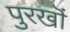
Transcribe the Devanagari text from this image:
पुरखॊं